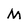
Character: M